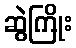
ဆွဲကြိုး